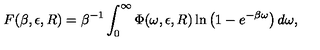
F ( \beta , \epsilon , R ) = \beta ^ { - 1 } \int _ { 0 } ^ { \infty } \Phi ( \omega , \epsilon , R ) \ln \left( 1 - e ^ { - \beta \omega } \right) d \omega ,